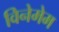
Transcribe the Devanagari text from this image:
विनेमेम